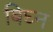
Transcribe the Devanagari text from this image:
बिघ्न